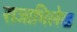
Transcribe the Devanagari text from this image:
राजाभिलेख